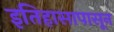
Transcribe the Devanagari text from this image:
इतिहासापासून